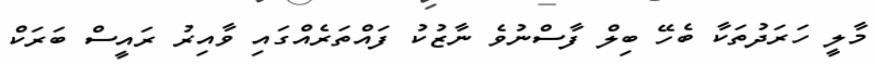
މާލީ ހަރަދުތަކާ ބެހޭ ބިލް ފާސްނުވެ ނާޒުކު ފައްތަރެއްގައި ވާއިރު ރައީސް ބަރަކް